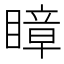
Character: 瞕